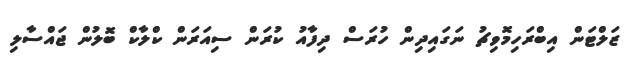
ޒަލްޓަން އިބްރަހިމޮވިޗު ނަގައިދިން ހުރަސް ދިފާއު ކުރަން ސިއަރަން ކްލާކް ބޮލުން ޖައްސާލި